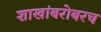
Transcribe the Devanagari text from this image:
शाखांबरोबरच